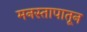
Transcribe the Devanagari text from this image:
मनस्तापातून